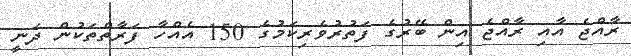
ރާއްޖެ އާއި ރާއްޖެ އިން ބޭރުގެ ފަތުރުވެރިކަމުގެ 150 އެއްހާ ފަރާތްތަކުން ދަނީ